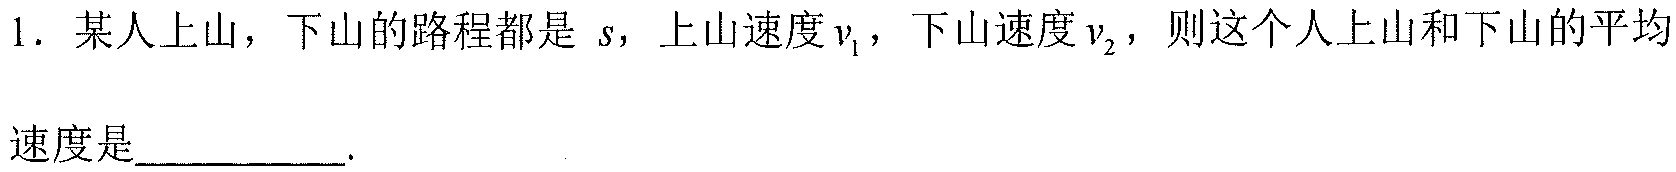
1. 某人上山，下山的路程都是 \(s\)，上山速度\(v_{1}\)，下山速度\(v_{2}\)，则这个人上山和下山的平均速度是__________.